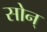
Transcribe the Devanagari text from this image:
सोन्